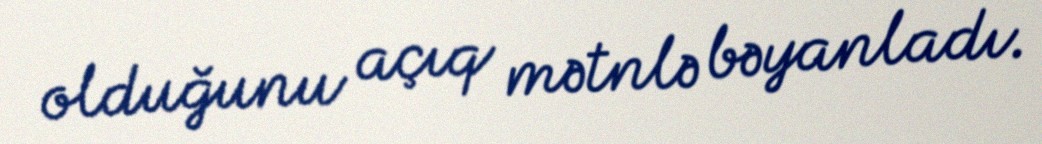
olduğunu açıq mətnlə bəyanladı.